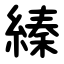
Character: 縥